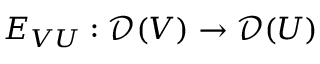
E _ { V U } : { \mathcal { D } } ( V ) \to { \mathcal { D } } ( U )